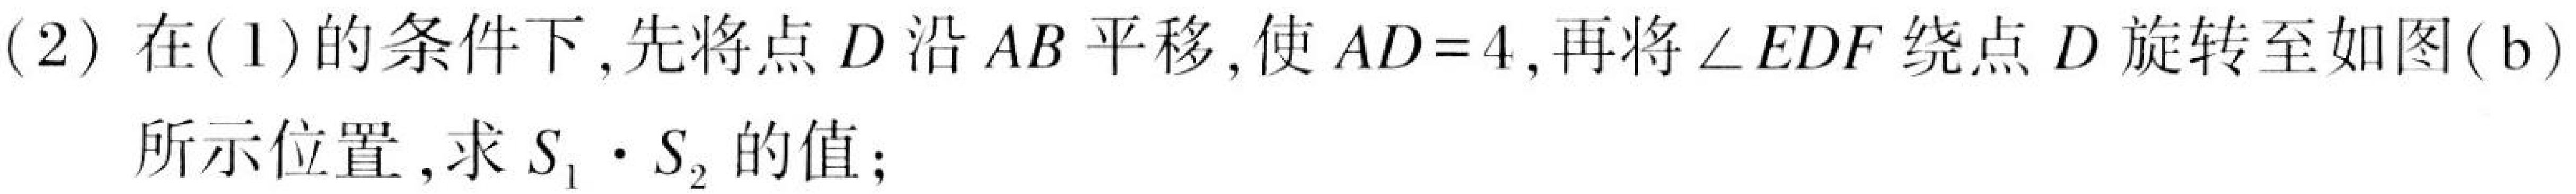
(2) 在(1)的条件下,先将点\(D\)沿\(AB\)平移,使\(AD = 4\),再将\(\angle EDF\)绕点\(D\)旋转至如图(b)所示位置,求\(S_{1}\cdot S_{2}\)的值;